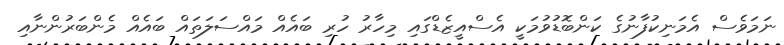
ނަމަވެސް އެމަނިކުފާނުގެ ކަންބޮޑުވުމަކީ އެސްއީޒެޑްގައި މިހާރު ހުރި ބައެއް މައްސަލަތައް ބައެއް މެންބަރުންނާއި